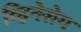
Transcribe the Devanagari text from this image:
च्हिनेसेय